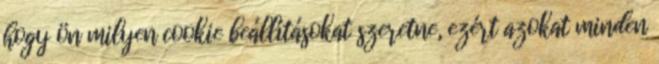
hogy ön milyen cookie beállításokat szeretne, ezért azokat minden